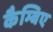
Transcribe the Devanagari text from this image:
कैम्बिए